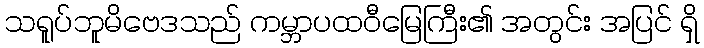
သရူပ်ဘူမိဗေဒသည် ကမ္ဘာပထဝီမြေကြီး၏ အတွင်း အပြင် ရှိ